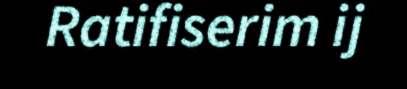
Ratifiserim ij